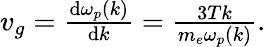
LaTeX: \begin{array}{r}{v_{g}=\frac{\textrm{d}\omega_{p}(k)}{\textrm{d}k}=\frac{3Tk}{m_{e}\omega_{p}(k)}.}\end{array}